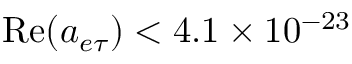
\mathrm { R e } ( a _ { e \tau } ) < 4 . 1 \times 1 0 ^ { - 2 3 }